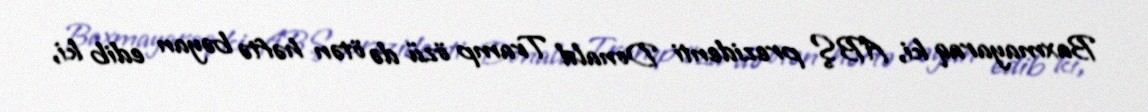
Baxmayaraq ki, ABŞ prezidenti Donald Tramp özü də ötən həftə bəyan edib ki,